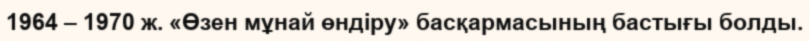
1964 – 1970 ж. «Өзен мұнай өндіру» басқармасының бастығы болды.